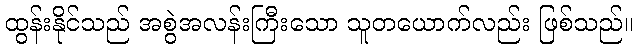
ထွန်းနိုင်သည် အစွဲအလန်းကြီးသော သူတယောက်လည်း ဖြစ်သည်။